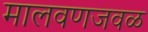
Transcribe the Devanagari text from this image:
मालवणजवळ